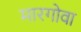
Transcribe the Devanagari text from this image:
मारगोवा